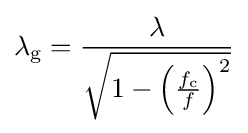
\lambda _{\mathrm {g} }={\frac {\lambda }{\sqrt {1-\left({\frac {f_{\mathrm {c} }}{f}}\right)^{2}}}}